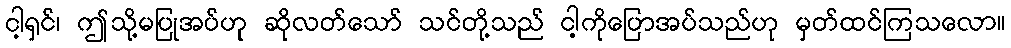
ငါ့ရှင်၊ ဤသို့မပြုအပ်ဟု ဆိုလတ်သော် သင်တို့သည် ငါ့ကိုပြောအပ်သည်ဟု မှတ်ထင်ကြသလော။